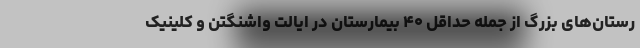
رستان‌های بزرگ از جمله حداقل ۴۰ بیمارستان در ایالت واشنگتن و کلینیک